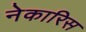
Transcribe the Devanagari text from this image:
नेकारिस